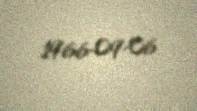
1966-09-06